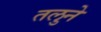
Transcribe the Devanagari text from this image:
तलुने